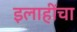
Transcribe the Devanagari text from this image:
इलाहींचा